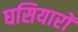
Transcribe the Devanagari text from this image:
घसियारों